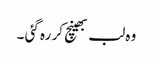
وہ لب بھینچ کر رہ گئی ۔